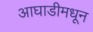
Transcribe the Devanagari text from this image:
आघाडीमधून